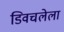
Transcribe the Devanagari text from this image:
डिवचलेला